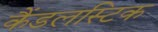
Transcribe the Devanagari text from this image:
कैंडलस्टिक